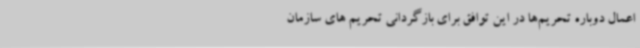
اعمال دوباره تحریم‌ها در این توافق برای بازگردانی تحریم های سازمان